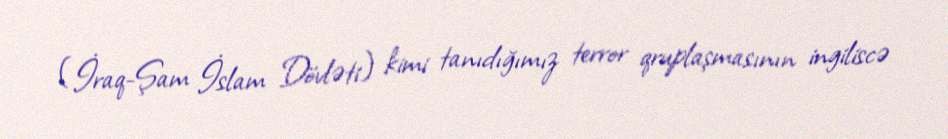
(İraq-Şam İslam Dövləti) kimi tanıdığımız terror qruplaşmasının ingiliscə